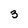
Character: 3